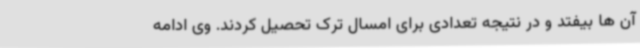
آن ها بیفتد و در نتیجه تعدادی برای امسال ترک تحصیل کردند. وی ادامه